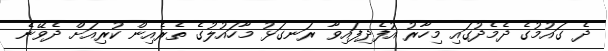
ދެ ގައުމުގެ ދެމެދުގައި މިހާރު އުފެދިފައިވާ ރަނގަޅު މާހައުލުގެ ތެރެއިން ކުރިއަށް ދެވޭނެ